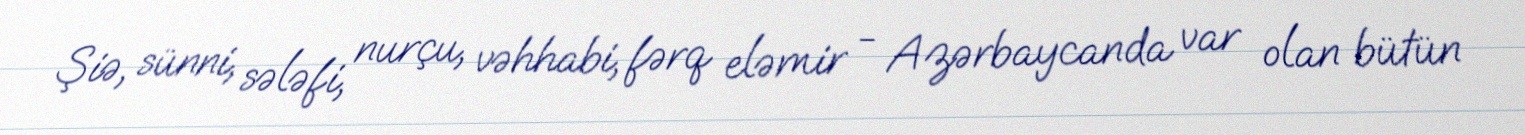
Şiə, sünni, sələfi, nurçu, vəhhabi, fərq eləmir - Azərbaycanda var olan bütün